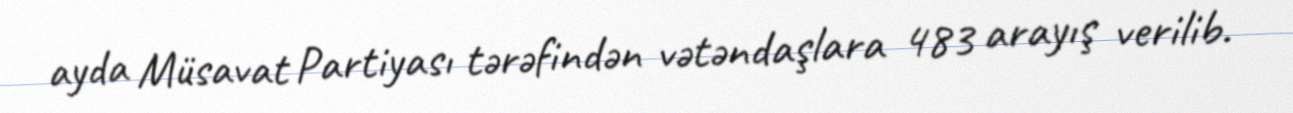
ayda Müsavat Partiyası tərəfindən vətəndaşlara 483 arayış verilib.